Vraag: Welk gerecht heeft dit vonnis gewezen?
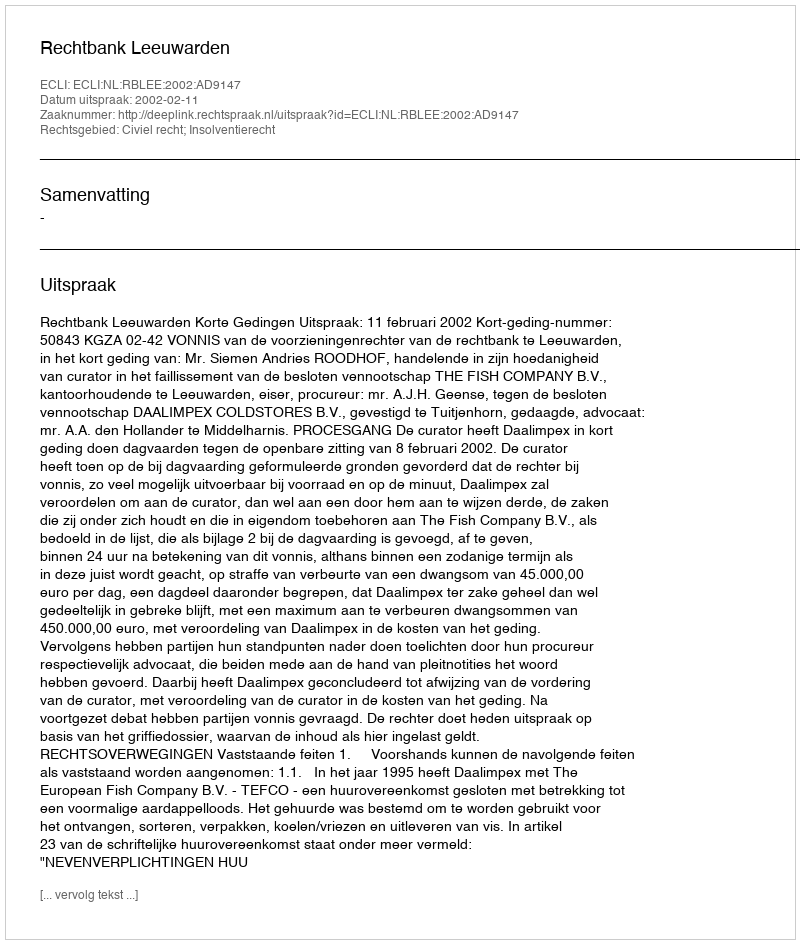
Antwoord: Rechtbank Leeuwarden